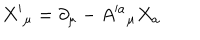
X ^ { \prime } { } _ { \mu } = \partial _ { \mu } - A ^ { \prime a } { } _ { \mu } X _ { a }